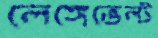
লেঙ্গেভেল্ট